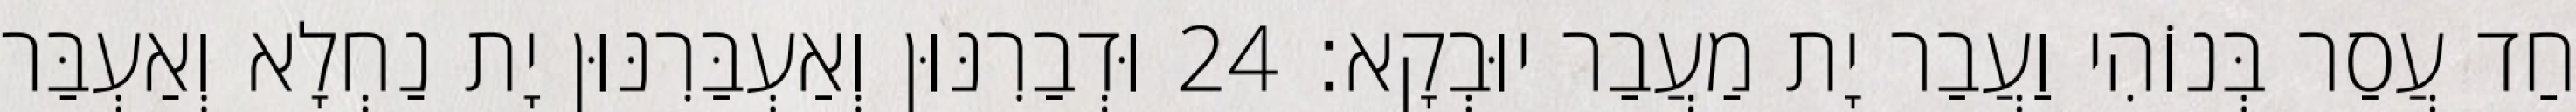
חַד עֲסַר בְּנוֹהִי וַעֲבַר יָת מַעֲבַר יוּבְקָא׃ 24 וּדְבַרִנּוּן וְאַעְבַּרִנּוּן יָת נַחְלָא וְאַעְבַּר